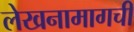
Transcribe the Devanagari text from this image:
लेखनामागची